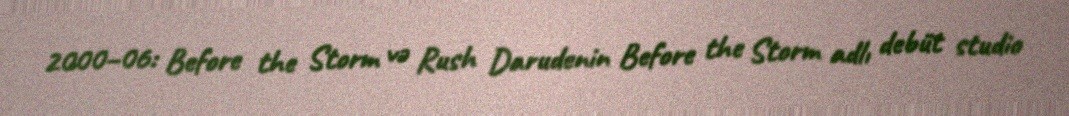
2000–06: Before the Storm və Rush Darudenin Before the Storm adlı debüt studio